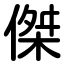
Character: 傑